system: You are a helpful assistant.
user:
Analyze the provided spectrum to determine if it is a **M-type Giant (gM)**.

A M-type Giant spectrum is defined by its **strong molecular absorption** features, particularly from **Titanium Oxide (TiO)**. You must check for one of the following mutually exclusive signatures:

- **Key Visual Indicators (Absorption-Dominated Spectrum):**

    - **(Primary):** The spectrum is dominated by strong molecular absorption from **Titanium Oxide (TiO)**. This is the **defining feature** of its M-type temperature class.
        - **(Key Bandheads):** Look for sharp, "saw-tooth" absorption valleys. The strongest are located near **~7050 Å**, **~6160 Å**, and **~5170 Å**.
        - **(Line Profile):** The "saw-tooth" morphology is critical: a **sharp, steep drop on the BLUE (short-wavelength) side** of the bandhead, followed by a gradual recovery (rising flux) towards the RED (long-wavelength) side.

    - **(Key Confirmation - Giant vs. Dwarf):** **ABSENCE** of strong **Calcium Hydride (CaH)** molecular bands. This is the primary diagnostic for *excluding* M-dwarfs.
        - **(Key Region):** The spectrum should lack the strong, broad absorption band seen in dwarfs between **~6800 Å and ~7000 Å**.

    - **(Secondary Confirmation - Giant):** A very strong and broad **Neutral Calcium (Ca I)** atomic absorption line.
        - **(Key Line):** Located at **~4226 Å**. In a giant (gM), this line is significantly deeper and broader than the same line in an M-dwarf (dM) due to low surface gravity.

    - **(Overall Spectrum):**
        - The continuum is **extremely red-sloping** (i.e., flux is very low in the blue and rises dramatically towards the red).
        - The entire spectrum appears "chopped up" by the deep TiO bands.

Think first, call **spectral_visualization_tool** if needed to examine features in detail, then provide your final answer. Your response must adhere to the following strict rules:
1.  **Overall Structure:** Your response must follow the format `<think>...</think> <tool_call>...</tool_call> (if a tool is used) <answer>...</answer>`.
2.  **Tool Usage Constraint:** You may only make **one** tool call per turn.
3.  **Final Answer Format:** In the `<answer>` tag, your conclusion must be inside a `\boxed{}` command (e.g., `\boxed{YES}` or `\boxed{NO}`), followed by your justification.

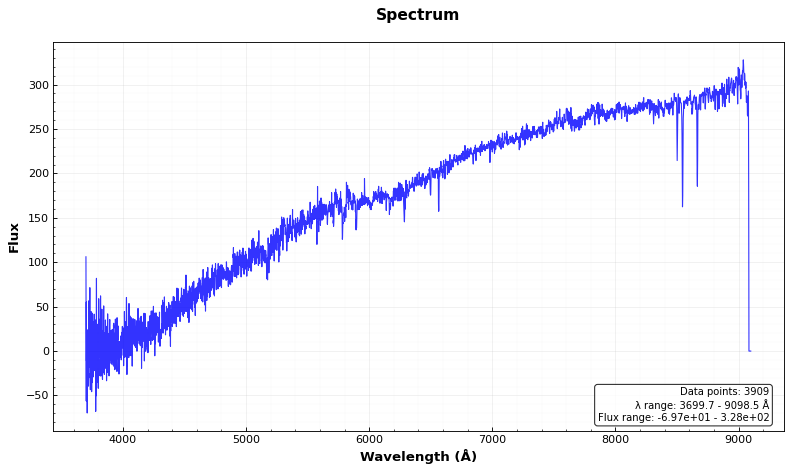
Answer: NO